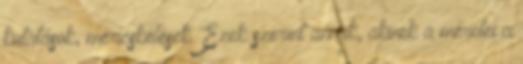
kutatások, méricskélések. Ezek szerint annak, akinek a méretei a